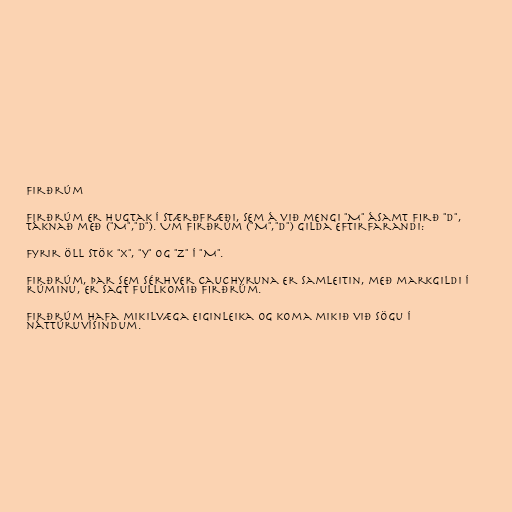
Firðrúm

Firðrúm er hugtak í stærðfræði, sem á við mengi "M" ásamt firð "d",
táknað með ("M","d"). Um firðrúm ("M","d") gilda eftirfarandi:

fyrir öll stök "x", "y" og "z" í "M".

Firðrúm, þar sem sérhver Cauchyruna er samleitin, með markgildi í
rúminu, er sagt fullkomið firðrúm.

Firðrúm hafa mikilvæga eiginleika og koma mikið við sögu í
náttúruvísindum.